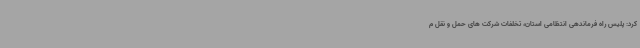
کرد: پلیس راه فرماندهی انتظامی استان، تخلفات شرکت های حمل و نقل م